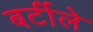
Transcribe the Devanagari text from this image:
बर्टीले